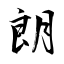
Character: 朗